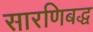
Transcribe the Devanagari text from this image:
सारणिबद्ध